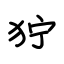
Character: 狞